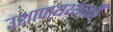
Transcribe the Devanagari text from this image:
उशापायथ्याशीं